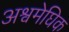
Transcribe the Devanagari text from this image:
अश्वमेघिक